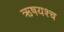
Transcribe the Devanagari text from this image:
ऋषयश्च